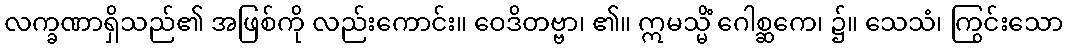
လက္ခဏာရှိသည်၏ အဖြစ်ကို လည်းကောင်း။ ဝေဒိတဗ္ဗာ၊ ၏။ ဣမသ္မိံ ဂေါစ္ဆကေ၊ ၌။ သေသံ၊ ကြွင်းသော